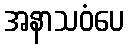
အနာသဝံပေ